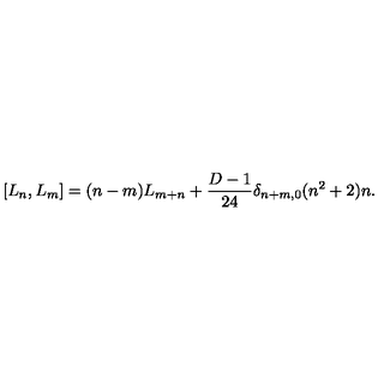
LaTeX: \lbrack L _ { n } , L _ { m } \rbrack = ( n - m ) L _ { m + n } + \frac { D - 1 } { 2 4 } \delta _ { n + m , 0 } ( n ^ { 2 } + 2 ) n .